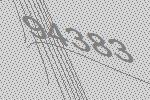
94383